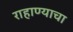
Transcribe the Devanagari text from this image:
राहाण्याचा